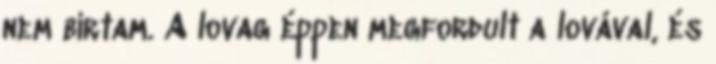
nem bírtam. A lovag éppen megfordult a lovával, és